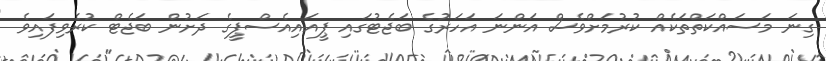
ގިނަ މަސައްކަތްތަކެއް ކުރުމަށްވެސް އަންނަ އަހަރުގެ ބަޖެޓުގައި ޕީއައިއެސްޕީގެ ދަށުން ބަޖެޓް ކުރެވިފައިވެ